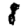
Digit: 8